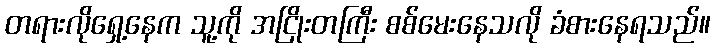
တရားလိုရှေ့နေက သူ့ကို အငြိုးတကြီး စစ်မေးနေသလို ခံစားနေရသည်။